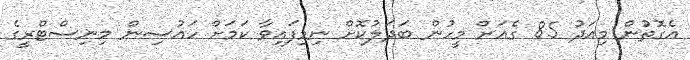
އެގޮތުން މިއަދު 85 ގެއަށް މީހުން ބަދަލުކޮށް ނިމިފައިވާ ކަމަށް ހައުސިން މިނިސްޓްރީގެ